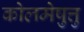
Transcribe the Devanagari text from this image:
कोलमेष़ुत्तु